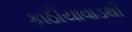
કાઠીયાવાડથી